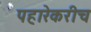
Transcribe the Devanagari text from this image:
पहारेकरीच